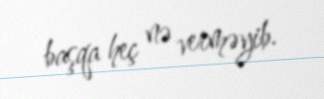
başqa heç nə verməyib.